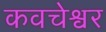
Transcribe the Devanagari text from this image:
कवचेश्वर